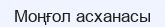
Моңғол асханасы